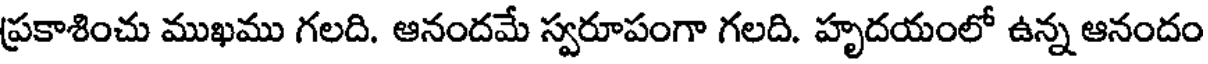
ప్రకాశించు ముఖము గలది. ఆనందమే స్వరూపంగా గలది. హృదయంలో ఉన్న ఆనందం